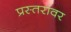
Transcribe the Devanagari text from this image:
प्रस्तरांवर